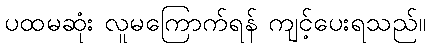
ပထမဆုံး လူမကြောက်ရန် ကျင့်ပေးရသည်။